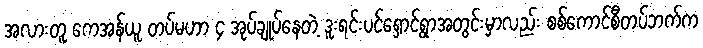
အလားတူ ကေအန်ယူ တပ်မဟာ ၄ အုပ်ချုပ်နေတဲ့ ဒူးရင်းပင်ရှောင်ရွာအတွင်းမှာလည်း စစ်ကောင်စီတပ်ဘက်က